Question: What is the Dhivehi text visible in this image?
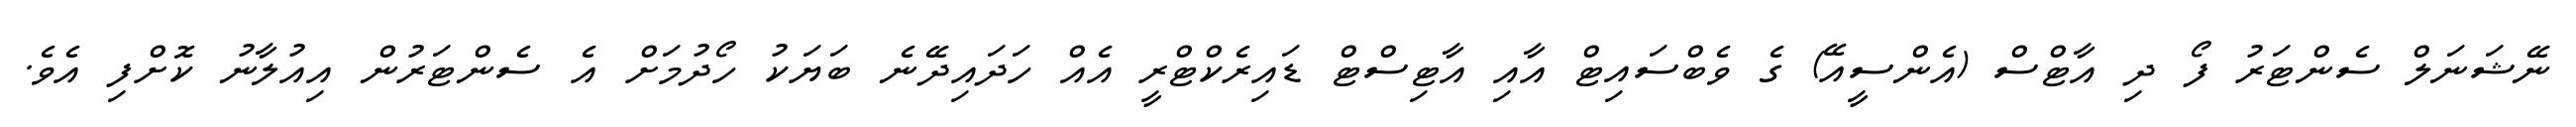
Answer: ނޭޝަނަލް ސެންޓަރު ފޯ ދި އާޓްސް (އެންސީއޭ) ގެ ވެބްސައިޓް އާއި އާޓިސްޓް ޑައިރެކްޓްރީ އެއް ހަދައިދޭނެ ބަޔަކު ހޯދުމަށް އެ ސެންޓަރުން އިއުލާނު ކޮށްފި އެވެ.